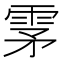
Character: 雺